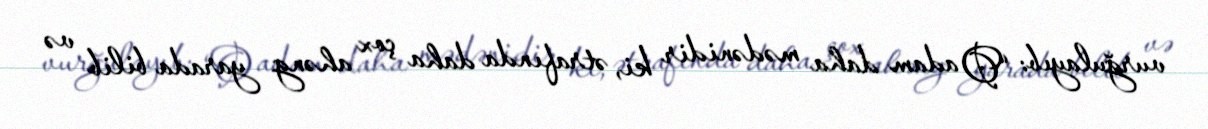
vurğulayıb: “O adam daha mədənidir ki, ətrafında daha çox ahəng yarada bilib və